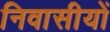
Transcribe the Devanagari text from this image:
निवासीयों